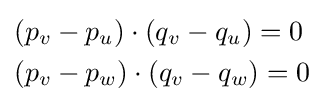
{\begin{aligned}&(p_{v}-p_{u})\cdot (q_{v}-q_{u})=0\\&(p_{v}-p_{w})\cdot (q_{v}-q_{w})=0\end{aligned}}